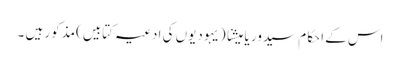
اس کے احکام سیدور یا میشنا (یہودیوں کی ادعیہ کتابیں)مذکور ہیں ۔